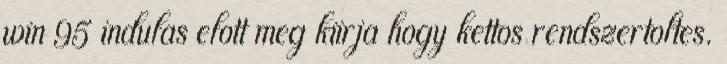
win 95 indulas elott meg kiirja hogy kettos rendszertoltes.